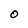
Character: O